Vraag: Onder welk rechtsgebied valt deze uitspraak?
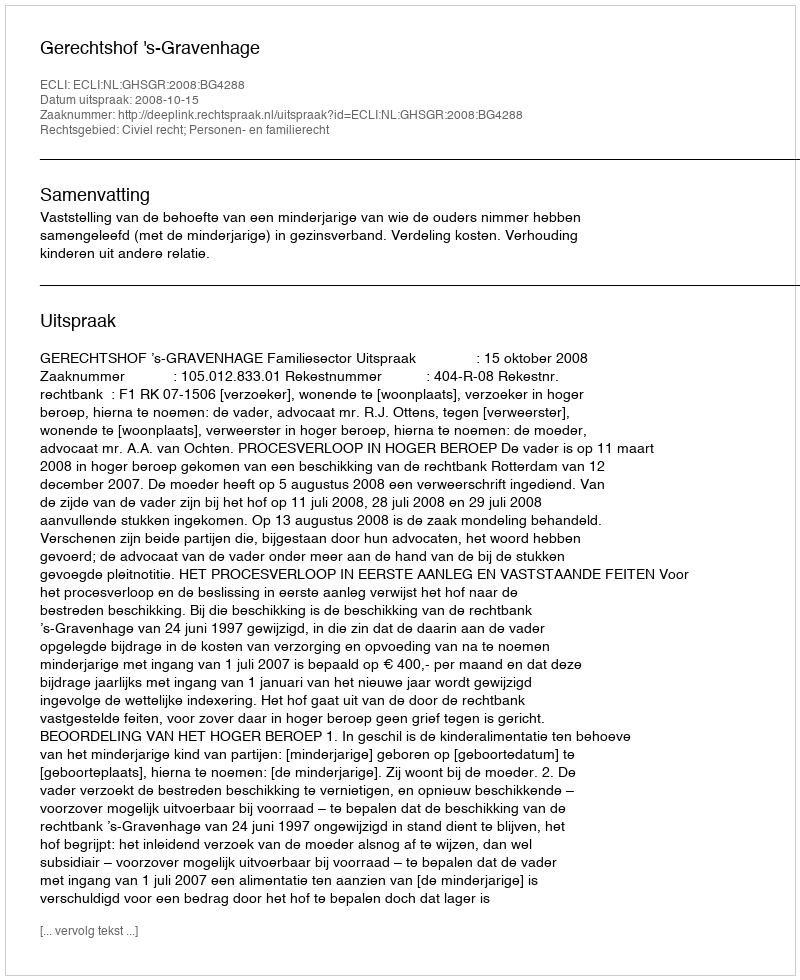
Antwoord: Civiel recht; Personen- en familierecht